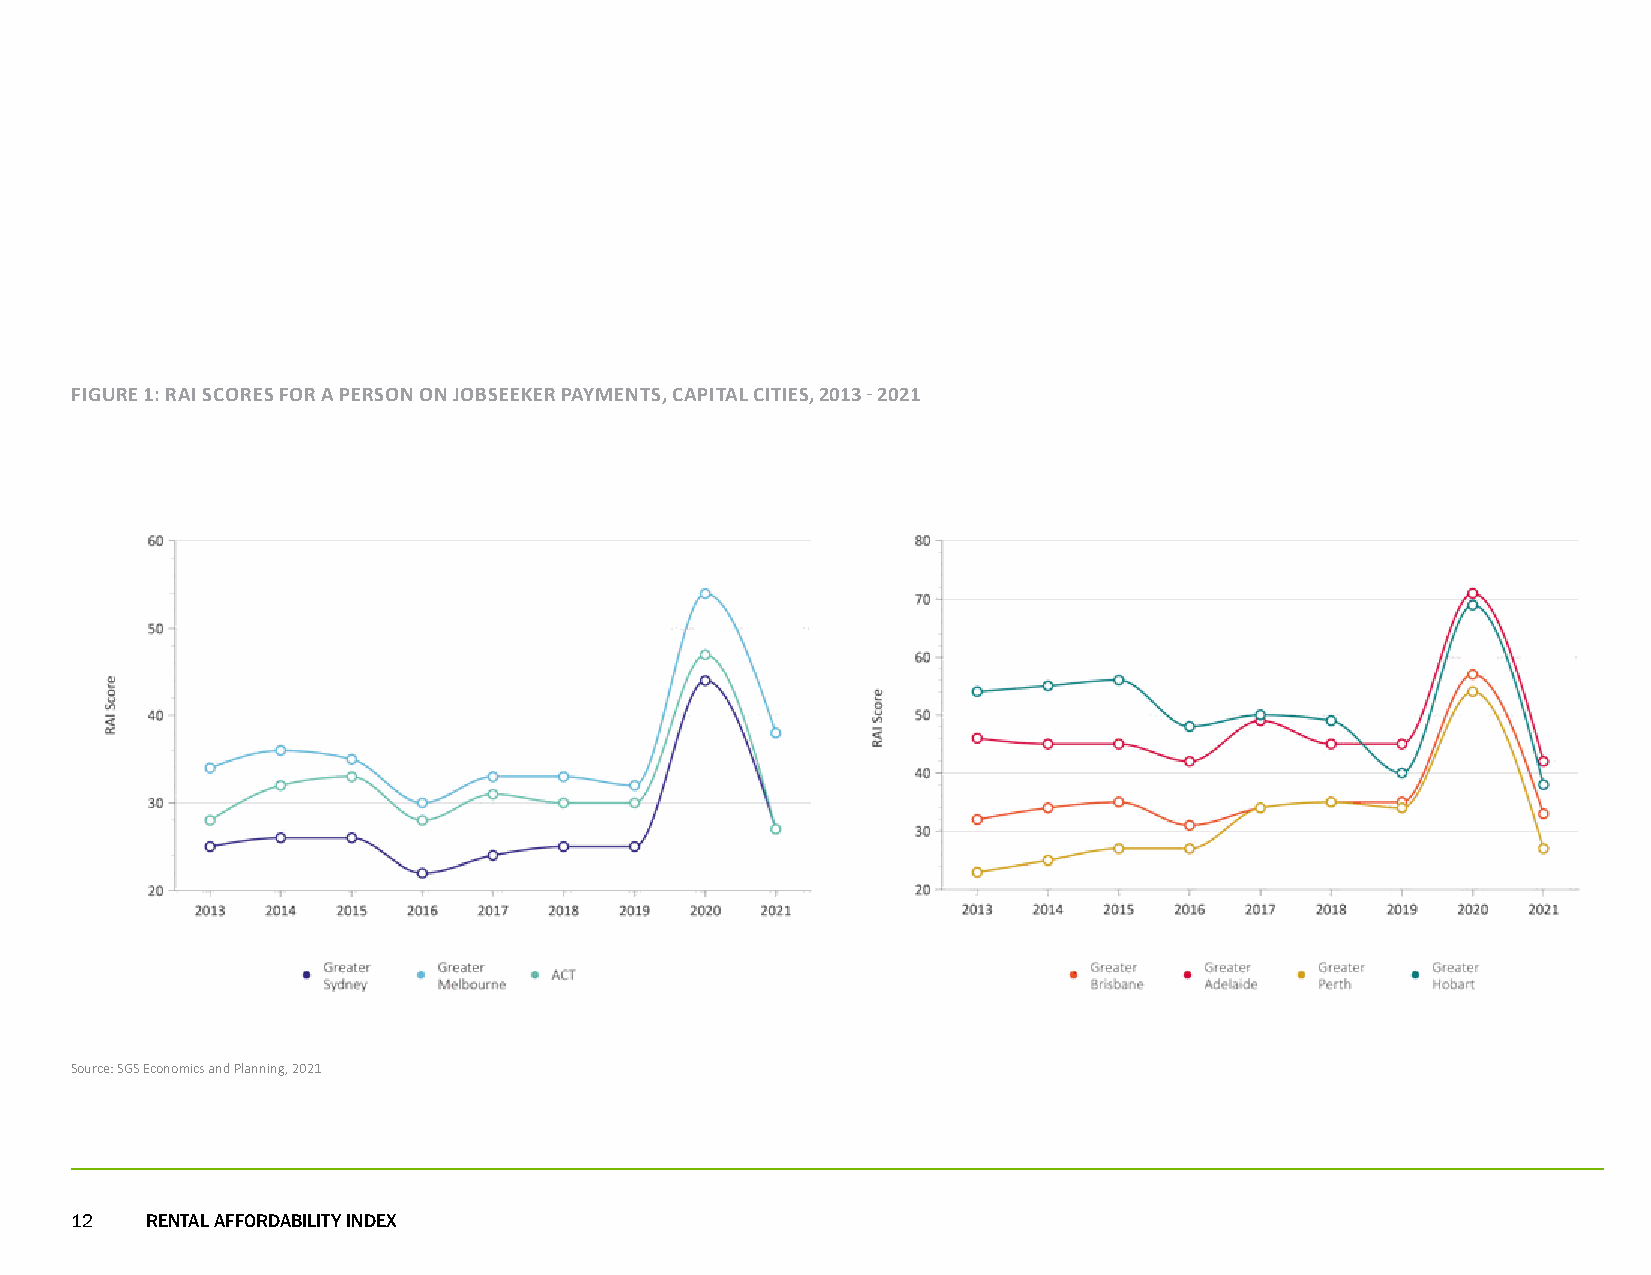
FIGURE 1: RAI SCORES FOR A PERSON ON JOBSEEKER PAYMENTS, CAPITAL CITIES, 2013 - 2021
 Source: SGS Economics and Planning, 2021
 12   RENTAL AFFORDABILITY INDEX